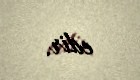
edir.